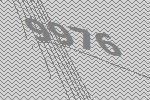
9976